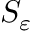
S _ { \varepsilon }